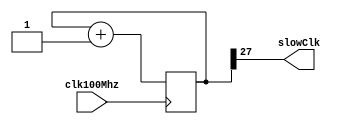
`timescale 1ns / 1ps
//////////////////////////////////////////////////////////////////////////////////
// Company: 
// Engineer: 
// 
// Design Name: 
// Module Name: simpleDivider
// Project Name: 
// Target Devices: 
// Tool Versions: 
// Description: 
// 
// Dependencies: 
// 
// Revision:
// Revision 0.01 - File Created
// Additional Comments:
// 
//////////////////////////////////////////////////////////////////////////////////


module simpleDivider(clk100Mhz, slowClk);
input clk100Mhz; //fast clock
output slowClk; //slow clock
reg[27:0] counter;
assign slowClk= counter[27]; //(2^27 / 100E6) = 1.34seconds
initial begin
counter = 0;
end
always @ (posedge clk100Mhz)
begin
counter <= counter + 1; //increment the counter every 10ns (1/100 Mhz) cycle.
end
endmodule